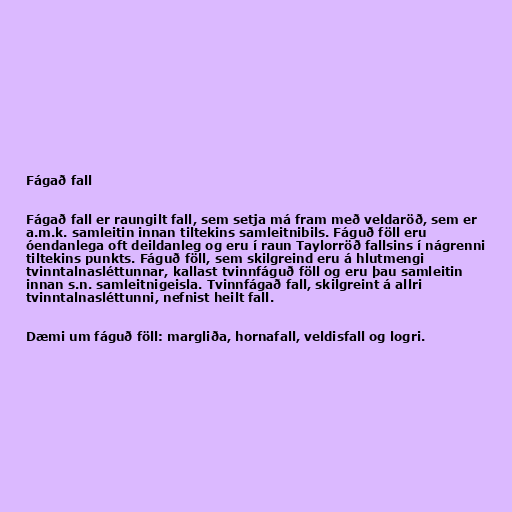
Fágað fall

Fágað fall er raungilt fall, sem setja má fram með veldaröð, sem er
a.m.k. samleitin innan tiltekins samleitnibils. Fáguð föll eru
óendanlega oft deildanleg og eru í raun Taylorröð fallsins í nágrenni
tiltekins punkts. Fáguð föll, sem skilgreind eru á hlutmengi
tvinntalnasléttunnar, kallast tvinnfáguð föll og eru þau samleitin
innan s.n. samleitnigeisla. Tvinnfágað fall, skilgreint á allri
tvinntalnasléttunni, nefnist heilt fall.

Dæmi um fáguð föll: margliða, hornafall, veldisfall og logri.